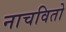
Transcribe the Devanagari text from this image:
नाचवितो